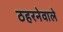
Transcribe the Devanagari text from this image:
ठहरनेवाले